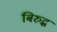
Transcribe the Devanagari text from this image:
बिरुद्ध